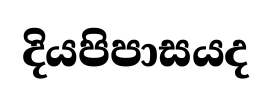
දියපිපාසයද